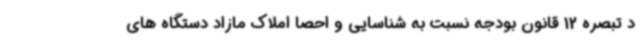
د تبصره 12 قانون بودجه نسبت به شناسایی و احصا املاک مازاد دستگاه های